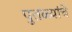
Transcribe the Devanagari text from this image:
पुतळ्यांचे